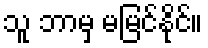
သူ ဘာမှ မမြင်နိုင်။